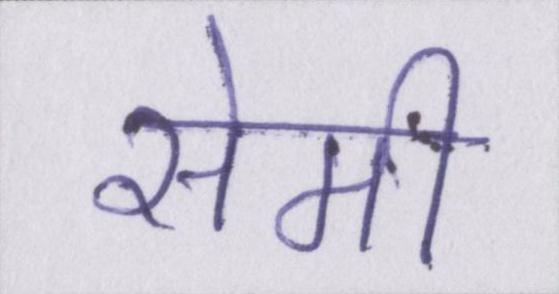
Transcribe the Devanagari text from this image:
सेमी